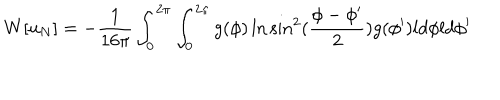
LaTeX: W [ u _ { N } ] = - { \frac { 1 } { 1 6 \pi } } \int _ { 0 } ^ { 2 \pi } \int _ { 0 } ^ { 2 \pi } g ( \phi ) \ln \sin ^ { 2 } ( { \frac { \phi - \phi ^ { \prime } } { 2 } } ) g ( \phi ^ { \prime } ) l d \phi l d \phi ^ { \prime }